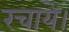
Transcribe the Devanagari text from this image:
रचाये।